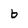
Character: b